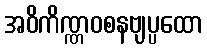
အဝိကိဏ္ဏဝစနဗျပ္ပထော